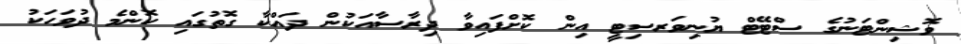
ވޮޝިންޓަނުގެ ސްޓޭޓް ޔުނިވަރސިޓީ އިން ކޮށްފައިވާ ދިރާސާއަކުން ދައްކާ ގޮތުގައި ކޮންމެ ދުވަހަކު